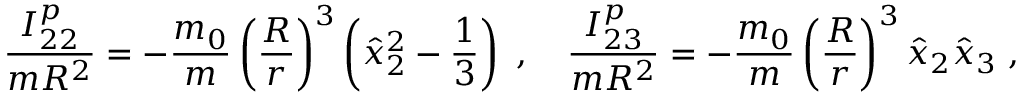
\frac { I _ { 2 2 } ^ { p } } { m R ^ { 2 } } = - \frac { m _ { 0 } } { m } \left( \frac { R } { r } \right) ^ { 3 } \left( \hat { x } _ { 2 } ^ { 2 } - \frac { 1 } { 3 } \right) \ , \quad \frac { I _ { 2 3 } ^ { p } } { m R ^ { 2 } } = - \frac { m _ { 0 } } { m } \left( \frac { R } { r } \right) ^ { 3 } \hat { x } _ { 2 } \hat { x } _ { 3 } \ ,